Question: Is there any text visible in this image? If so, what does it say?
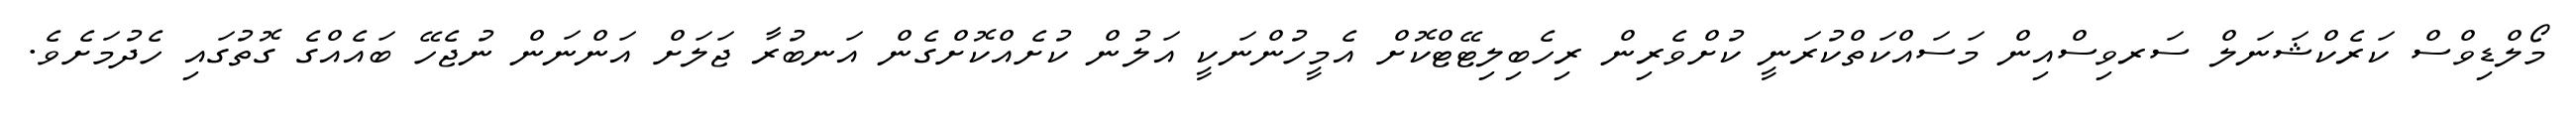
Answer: މޯލްޑިވްސް ކަރެކްޝަނަލް ސަރވިސްއިން މަސައްކަތްކުރަނީ ކުށްވެރިން ރިހެބިލިޓޭޓްކޮށް އެމީހުންނަކީ އަލުން ކުށެއްކޮށްގެން އަނބުރާ ޖަލަށް އަންނަން ނުޖެހޭ ބައެއްގެ ގޮތުގައި ހެދުމަށެވެ.